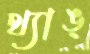
থ্যাঙ্